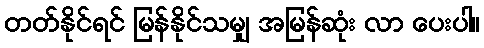
တတ်နိုင်ရင် မြန်နိုင်သမျှ အမြန်ဆုံး လာ ပေးပါ။